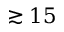
\gtrsim 1 5